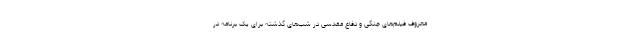
معروف فیلم‌های جنگی و دفاع مقدسی در شب‌های گذشته برای یک برنامه در